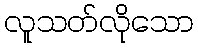
လူသတ်လိုသော